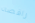
راقصه